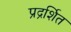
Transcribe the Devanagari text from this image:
प्रद्रर्शित